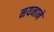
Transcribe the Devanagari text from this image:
नयनाने